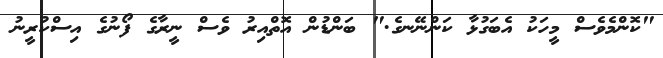
"ކޮންމެވެސް މީހަކު އެބަގުޅާ ކަންނޭނގެ." ބަންޑުން އޮތްއިރު ވެސް ނީރާގެ ފޯނުގެ އިސްކުރީނު